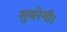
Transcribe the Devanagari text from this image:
सुधरेगी।